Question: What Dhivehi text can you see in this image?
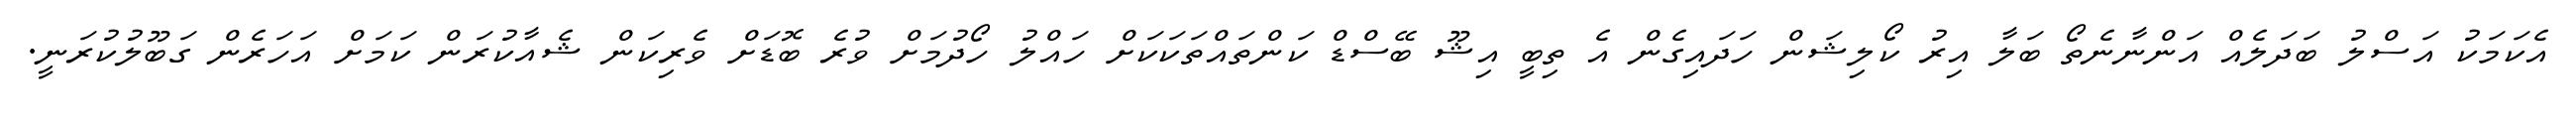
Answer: އެކަމަކު އަސްލު ބަދަލެއް އަންނާނެތޯ ބަލާ އިރު ކޯލިޝަން ހަދައިގެން އެ ތިބީ އިޝޫ ބޭސްޑް ކަންތައްތަކަކަށް ހައްލު ހޯދުމަށް ވުރެ ބޮޑަށް ވެރިކަން ޝެއާކުރަން ކަމަށް އަހަރެން ގަބޫލުކުރަނީ.